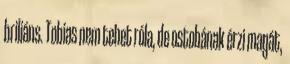
briliáns. Tobias nem tehet róla, de ostobának érzi magát,